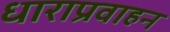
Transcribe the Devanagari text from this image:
धाराप्रवाहन